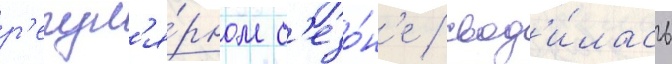
р'егул'я́рном с'езо́н'е / свод'и́лась